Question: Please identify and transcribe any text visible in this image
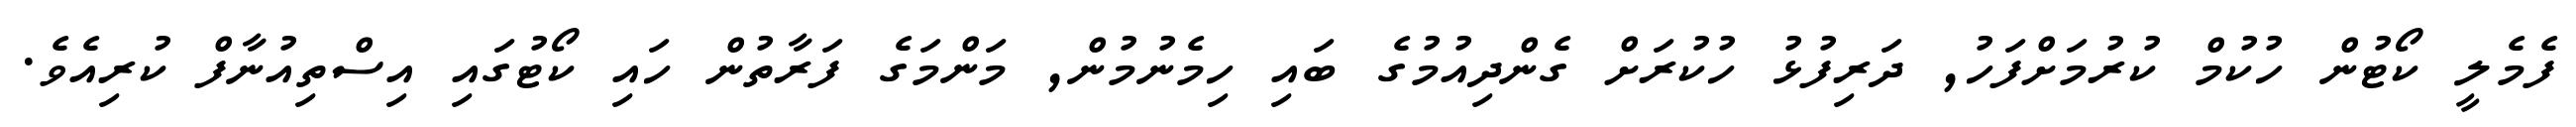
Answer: ފެމެލީ ކޯޓުން ހުކުމް ކުރުމަށްފަހު, ދަރިފުޅު ހުކުރަށް ގެންދިއުމުގެ ބައި ހިމެނުމުން, މަންމަގެ ފަރާތުން ހައި ކޯޓުގައި އިސްތިއުނާފް ކުރިއެވެ.